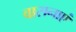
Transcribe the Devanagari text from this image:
वासनाएं